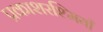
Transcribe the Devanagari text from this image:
प्रकाशरश्मियाँ